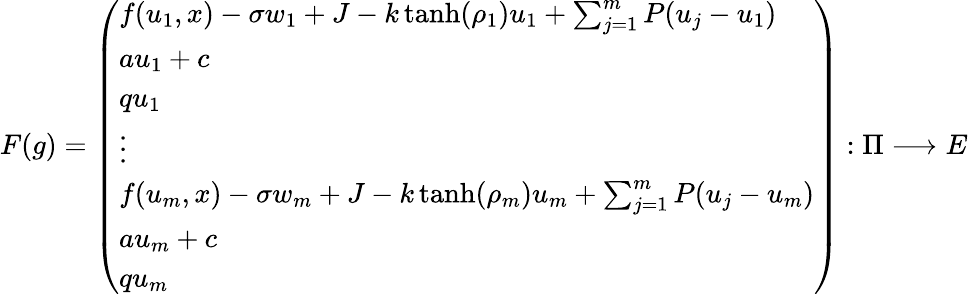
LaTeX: F(g)=\left(\begin{array}{l}{f(u_{1},x)-\sigma w_{1}+J-k\operatorname{tanh}(\rho_{1})u_{1}+\sum_{j=1}^{m}P(u_{j}-u_{1})}\\ {au_{1}+c}\\ {qu_{1}}\\ {\vdots}\\ {f(u_{m},x)-\sigma w_{m}+J-k\operatorname{tanh}(\rho_{m})u_{m}+\sum_{j=1}^{m}P(u_{j}-u_{m})}\\ {au_{m}+c}\\ {qu_{m}}\end{array}\right):\Pi\longrightarrow E